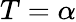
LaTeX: T=\alpha